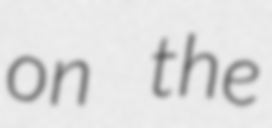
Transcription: on the